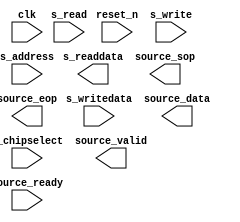
module EEE_IMGTEST(
	// global clock & reset
	clk,
	reset_n,
	
	// mm slave
	s_chipselect,
	s_read,
	s_write,
	s_readdata,
	s_writedata,
	s_address,
	
	// streaming source
	source_data,
	source_valid,
	source_ready,
	source_sop,
	source_eop,
	
);


// global clock & reset
input	clk;
input	reset_n;

// mm slave
input							s_chipselect;
input							s_read;
input							s_write;
output	reg	[31:0]	s_readdata;
input	[31:0]				s_writedata;
input	[2:0]					s_address;

// streaming source
output	[23:0]			  	   source_data;
output								source_valid;
input									source_ready;
output								source_sop;
output								source_eop;

////////////////////////////////////////////////////////////////////////
//
parameter IMAGE_W = 11'd640;
parameter IMAGE_H = 11'd480;
parameter FRAME_PRD = 32'd1666667;

////////////////////////////////////////////////////////////////////////


//Frame timer
reg [23:0] frameTimer;
always @ (posedge clk)
begin
	if (~reset_n) begin
		frameTimer <= FRAME_PRD;
	end
	else begin
		if (frameTimer == 23'h0) frameTimer <= FRAME_PRD;
		else frameTimer <= frameTimer - 23'h1;
	end
end

//Frame sequencer

always@(posedge clk) begin
	if (~rst_n) begin
	end
	else begin
		ready_in_d <= ready_in;
		if (~data_valid | ready_in_d) begin
			if (idle & (frameTimer == 23'h0)) begin
				idle <= 1'b0;
				x <= 11'h0;
				y <= 11'h0;
				data_valid <= 1'b1;
			end
			if (~idle) begin
				data_valid <= 1'b1;
				if (x == IMAGE_W-1) begin
					if (y == IMAGE_H-1) begin
						idle <= 1'b0;
					end
					y <= y + 11'h1;
					x <= 11'h0;
				end
			end
		end
	end
end


always@(posedge clk) begin
	if (~rst_n) begin
		data_out <= 1'b0;
		data_valid <= 0;
		ready_in_d <= 0;
		end
	else begin
		ready_in_d <= ready_in;
		if (valid_in & (~data_valid | ready_in_d)) begin
			data_out <= data_in;
			data_valid <= 1;
			end
		else if (ready_in_d) begin
			data_valid <= 0;
			end
		end
end

endmodule